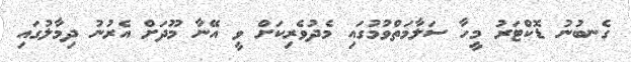
ގެނބުނު ޑޮކްޓަރު މީހާ ސަލާމަތްވުމުގައި މެދުވެރިކަށް ވީ އޭނާ މޫދަށް އެރުނު ދިމާލުގައި